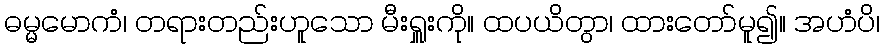
ဓမ္မမောကံ၊ တရားတည်းဟူသော မီးရှူးကို။ ထပယိတွာ၊ ထားတော်မူ၍။ အဟံပိ၊